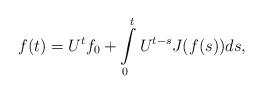
LaTeX: \begin{align*} f(t)=U^{t}f_{0}+\int\limits_{0}^{t}U^{t-s}J(f(s))ds, \end{align*}